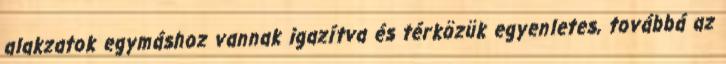
alakzatok egymáshoz vannak igazítva és térközük egyenletes, továbbá az